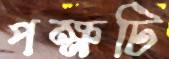
পক্ষটি